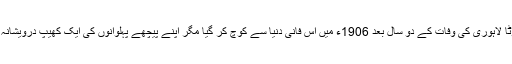
سلطان پہلوان بوٹا لاہوری کی وفات کے دو سال بعد 1906ء میں اس فانی دنیا سے کوچ کر گیا مگر اپنے پیچھے پہلوانوں کی ایک کھیپ درویشانہ تکیہ چھوڑ گیا۔